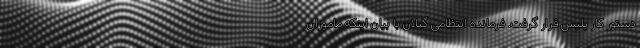
دستور کار پلیس قرار گرفت. فرمانده انتظامی گیلان با بیان اینکه ماموران